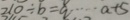
2 1 0 \div b = a \cdots a + 5